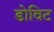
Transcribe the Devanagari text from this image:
डोविट